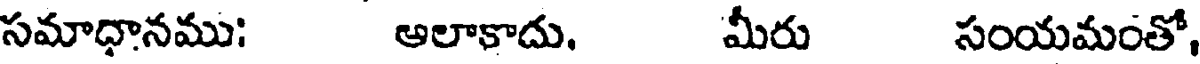
సమాధానము: ఆలాకాదు. మీరు సంయమంతో